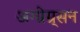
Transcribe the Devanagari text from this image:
अग्ग्रेग्र्सन